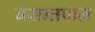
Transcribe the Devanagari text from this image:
बसन्तपाल